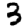
Digit: 3